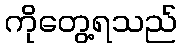
ကိုတွေ့ရသည်